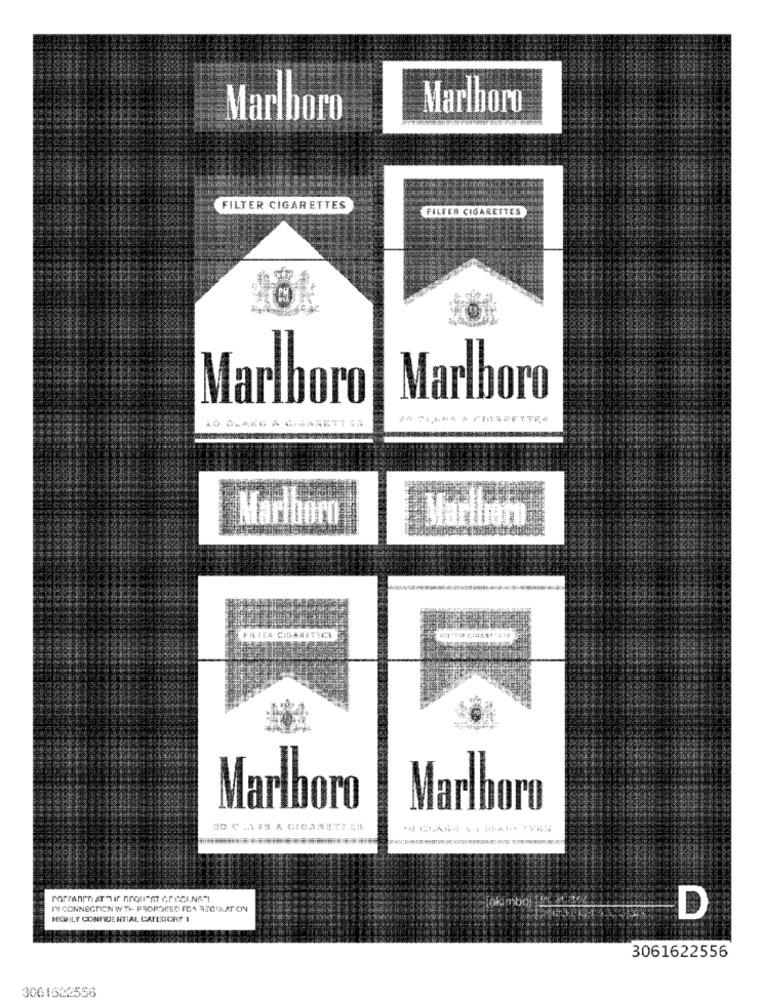
Marlboro
Marlboro
FILTER CIGARETTES
FILTER CIGARETTES
Marlboro
Marlboro
LO OMA66 A CIGARETT IS
Marlboro
Marlboro
* CISA
Marlboro
Marlboro
JO C -1 3S A CIGARETTE !!
IN CONNECTION WITH PADPOREC FCA REGULAT ON
økimbol
HIGHLY CONFIDENTIAL CATEGORY 1
D
3061622556
3061522556